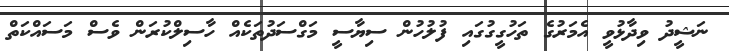
ނަޝީދު ވިދާޅުވީ އެމަރުގެ ތަހުގީގުގައި ފުލުހުން ސިޔާސީ މަގްސަދުތަކެއް ހާސިލްކުރަން ވެސް މަސައްކަތް